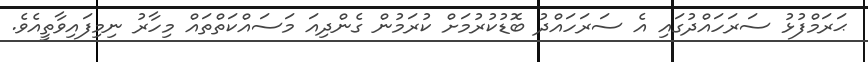
ޙަރަމްފުޅު ސަރަހައްދުގައި އެ ސަރަހައްދު ބޮޑުކުރުމަށް ކުރަމުން ގެންދިއަ މަސައްކަތްތައް މިހާރު ނިމިފައިވާތީއެވެ.